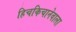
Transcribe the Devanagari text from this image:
हिचकिचानेवाला